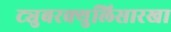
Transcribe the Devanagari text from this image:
ट्युबरक्युलिसारखा